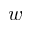
w